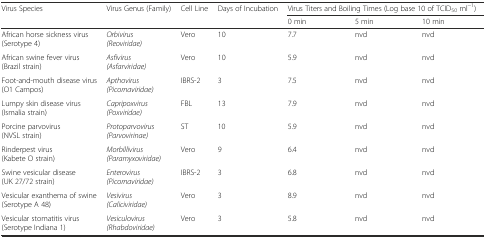
<table><thead><tr><td rowspan="2"><b>Virus Species</b></td><td rowspan="2"><b>Virus Genus (Family)</b></td><td rowspan="2"><b>Cell Line</b></td><td rowspan="2"><b>Days of Incubation</b></td><td colspan="3"><b>Virus Titers and Boiling Times (Log base 10 of TCID<sub>50</sub> ml<sup>−1</sup>)</b></td></tr><tr><td><b>0 min</b></td><td><b>5 min</b></td><td><b>10 min</b></td></tr></thead><tbody><tr><td>African horse sickness virus (Serotype 4)</td><td><i>Orbivirus</i><i>(Reoviridae)</i></td><td>Vero</td><td>10</td><td>7.7</td><td>nvd</td><td>nvd</td></tr><tr><td>African swine fever virus(Brazil strain)</td><td><i>Asfivirus (Asfarviridae)</i></td><td>Vero</td><td>10</td><td>5.9</td><td>nvd</td><td>nvd</td></tr><tr><td>Foot-and-mouth disease virus (O1 Campos)</td><td><i>Apthovirus</i><i>(Picornaviridae)</i></td><td>IBRS-2</td><td>3</td><td>7.5</td><td>nvd</td><td>nvd</td></tr><tr><td>Lumpy skin disease virus (Ismalia strain)</td><td><i>Capripoxvirus</i><i>(Poxviridae)</i></td><td>FBL</td><td>13</td><td>7.9</td><td>nvd</td><td>nvd</td></tr><tr><td>Porcine parvovirus(NVSL strain)</td><td><i>Protoparvovirus</i><i>(Parvovirinae)</i></td><td>ST</td><td>10</td><td>5.9</td><td>nvd</td><td>nvd</td></tr><tr><td>Rinderpest virus(Kabete O strain)</td><td><i>Morbillivirus</i><i>(Paramyxoviridae)</i></td><td>Vero</td><td>9</td><td>6.4</td><td>nvd</td><td>nvd</td></tr><tr><td>Swine vesicular disease(UK 27/72 strain)</td><td><i>Enterovirus</i><i>(Picornaviridae)</i></td><td>IBRS-2</td><td>3</td><td>6.8</td><td>nvd</td><td>nvd</td></tr><tr><td>Vesicular exanthema of swine (Serotype A 48)</td><td><i>Vesivirus</i><i>(Caliciviridae)</i></td><td>Vero</td><td>3</td><td>8.9</td><td>nvd</td><td>nvd</td></tr><tr><td>Vesicular stomatitis virus(Serotype Indiana 1)</td><td><i>Vesiculovirus</i><i>(Rhabdoviridae)</i></td><td>Vero</td><td>3</td><td>5.8</td><td>nvd</td><td>nvd</td></tr></tbody></table>